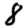
Digit: 8